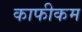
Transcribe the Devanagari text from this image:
काफीकम